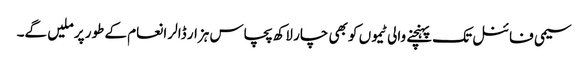
سیمی فائنل تک پہنچنے والی ٹیموں کو بھی چار لاکھ پچاس ہزار ڈالر انعام کے طور پر ملیں گے۔